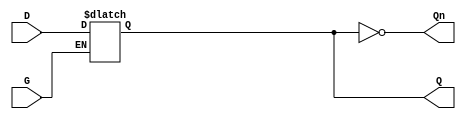
module gated_d_latch (
    input wire D,      // Data Input
    input wire G,      // Gate/Enable Input
    output reg Q,      // Output
    output wire Qn     // Complement of Output
);

// Complement of Output Q
assign Qn = ~Q;

// Always block sensitive to G and D
always @(G or D) begin
    if (G) begin
        Q <= D;   // When G is high, Q follows D
    end
    // If G is low, Q holds its last value
end

endmodule